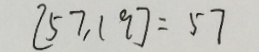
[ 5 7 . 1 9 ] = 5 7